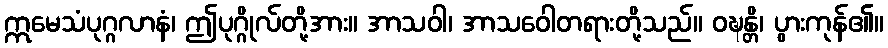
ဣမေသံပုဂ္ဂလာနံ၊ ဤပုဂ္ဂိုလ်တို့အား။ အာသဝါ၊ အာသဝေါတရားတို့သည်။ ဝဍ္ဎန္တိ၊ ပွားကုန်၏။